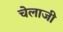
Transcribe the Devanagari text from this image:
चेलाजी